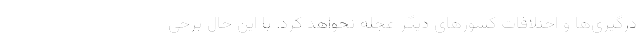
درگیری‌ها و اختلافات کشورهای دیگر عجله نخواهد کرد. با این حال برخی